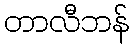
တာလီဘန်